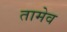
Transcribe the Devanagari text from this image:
तामेव